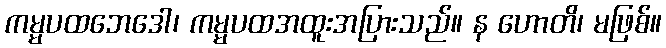
ကမ္မပထဘေဒေါ၊ ကမ္မပထအထူးအပြားသည်။ န ဟောတိ၊ မဖြစ်။